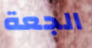
الجعة